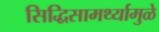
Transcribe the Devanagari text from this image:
सिद्धिसामर्थ्यामुळे